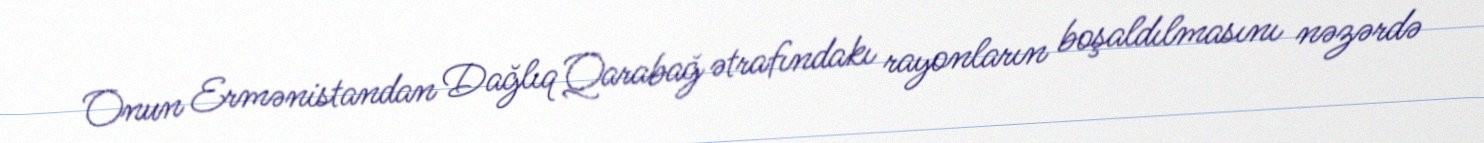
Onun Ermənistandan Dağlıq Qarabağ ətrafındakı rayonların boşaldılmasını nəzərdə